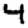
Digit: 4